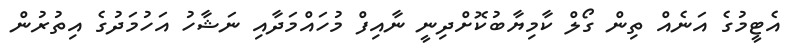
އެޓީމުގެ އަނެއް ތިން ގޯލް ކާމިޔާބުކޮށްދިނީ ނާއިފް މުހައްމަދާއި ނަޝާހު އަހުމަދުގެ އިތުރުން